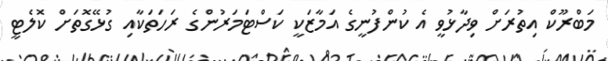
މަބްރޫކް އިތުރަށް ވިދާޅުވީ އެ ކުންފުނީގެ އަމާޒަކީ ކަސްޓަމަރުންގެ ރަހަތަކާއި ގުޅޭގޮތަށް ކޮލެޓީ